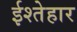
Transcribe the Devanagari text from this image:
ईश्तेहार